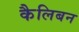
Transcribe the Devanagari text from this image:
कैलिबन